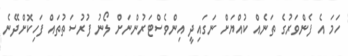
ހަމަ އެ ފެންވަރުގެ ތަނެއް ކުއްޔަށް ނަގައިދީ އިންވެސްޓަރުންނަށް ލޯނު ފުރުސަތުތައް ފަހިކޮށްދޭނެ